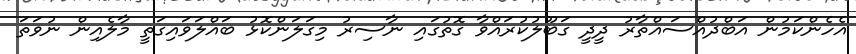
އެހެންކަމުން އަބްދުއްސައްތާރު ދީދީ ގަބޫލުކުރައްވާ ގޮތުގައި ނާސިރު މިގަލަންކޮޅު ބައްލަވައިގަތީ މާލެއިން ނުވަތަ